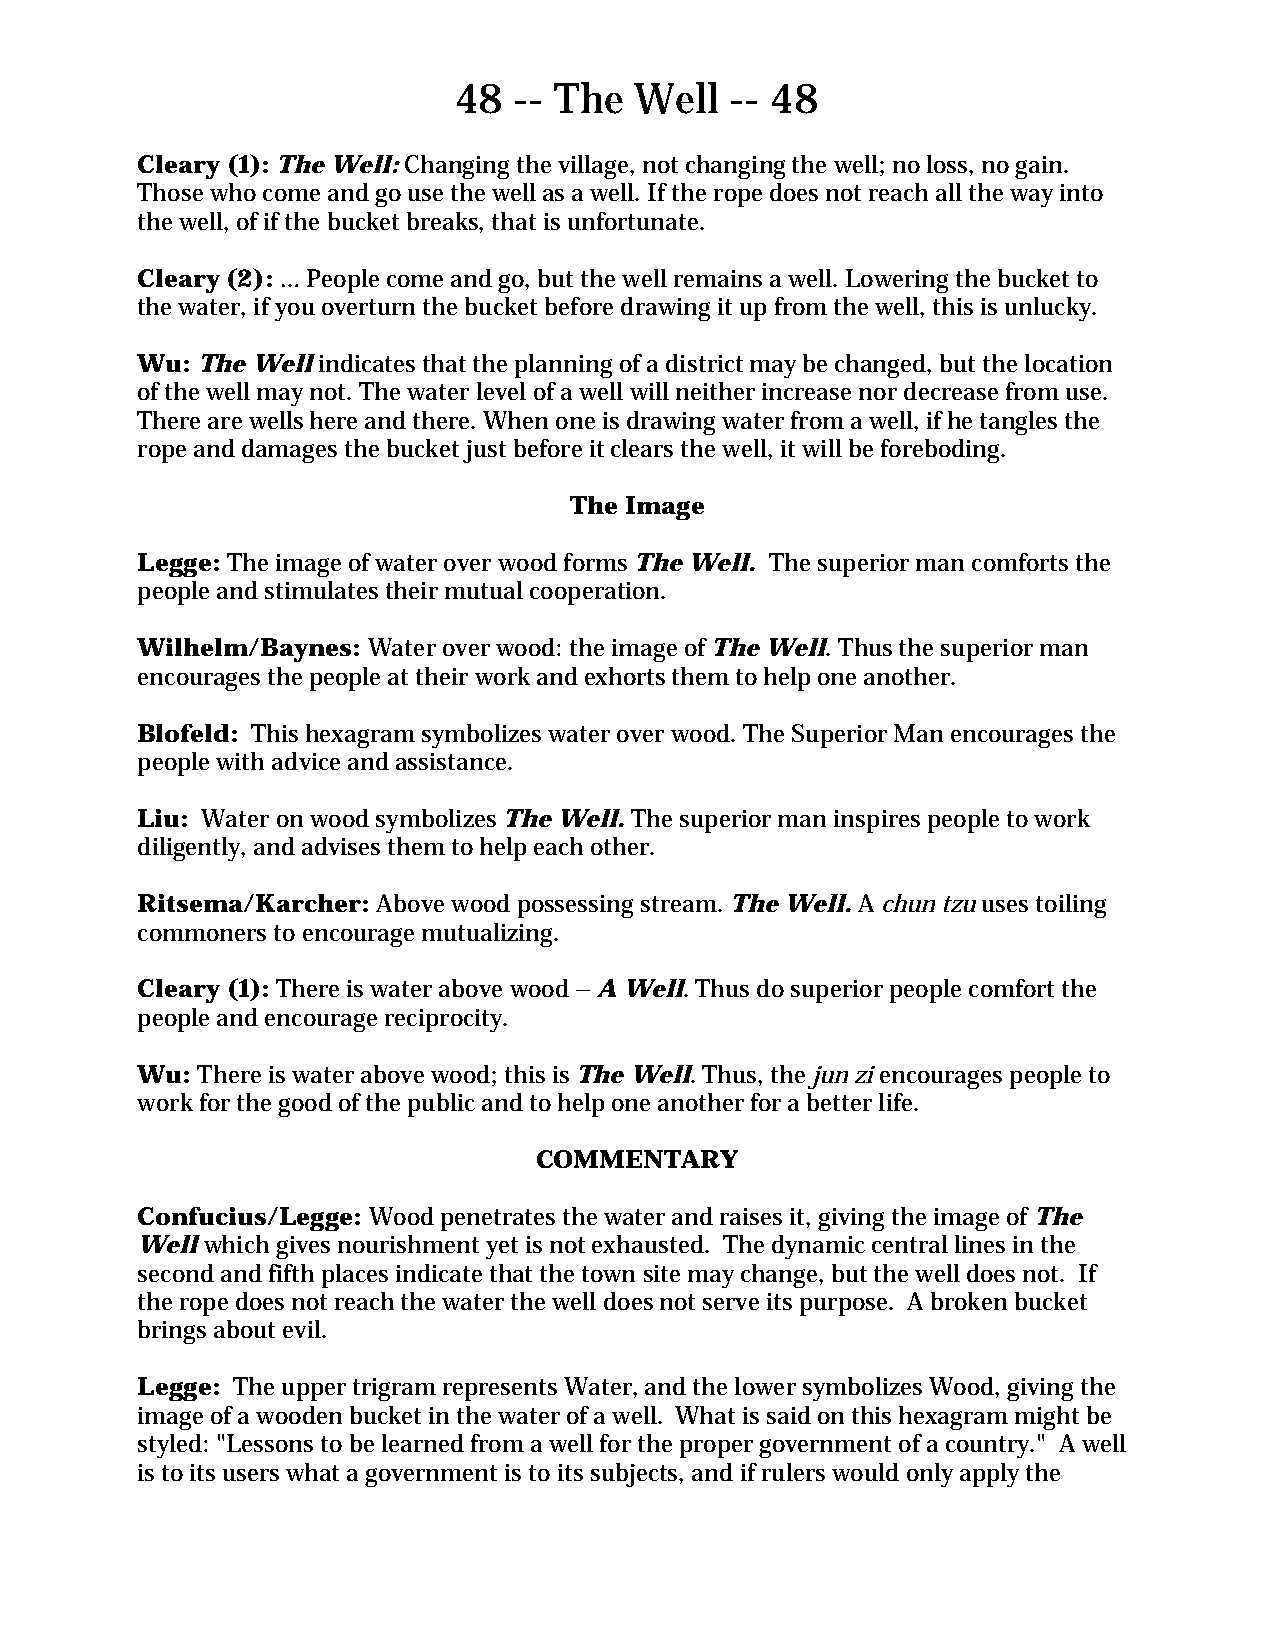
48  -- The  Well  -- 48
 Cleary (1): The Well: Changing the village, not changing the well; no loss, no gain.
 Those who come and go use the well as a well. If the rope does not reach all the way into
 the well, of if the bucket breaks, that is unfortunate.
 Cleary (2): … People come and go, but the well remains a well. Lowering the bucket to
 the water, if you overturn the bucket before drawing it up from the well, this is unlucky.
 Wu: The Well indicates that the planning of a district may be changed, but the location
 of the well may not. The water level of a well will neither increase nor decrease from use.
 There are wells here and there. When one is drawing water from a well, if he tangles the
 rope and damages the bucket just before it clears the well, it will be foreboding.
 The Image
 Legge: The image of water over wood forms The Well. The superior man comforts the
 people and stimulates their mutual cooperation.
 Wilhelm/Baynes: Water over wood: the image of The Well. Thus the superior man
 encourages the people at their work and exhorts them to help one another.
 Blofeld: This hexagram symbolizes water over wood. The Superior Man encourages the
 people with advice and assistance.
 Liu: Water on wood symbolizes The Well. The superior man inspires people to work
 diligently, and advises them to help each other.
 Ritsema/Karcher: Above wood possessing stream. The Well. A chun tzu uses toiling
 commoners to encourage mutualizing.
 Cleary (1): There is water above wood – A Well. Thus do superior people comfort the
 people and encourage reciprocity.
 Wu: There is water above wood; this is The Well. Thus, the jun zi encourages people to
 work for the good of the public and to help one another for a better life.
 COMMENTARY
 Confucius/Legge: Wood penetrates the water and raises it, giving the image of The
 Well which gives nourishment yet is not exhausted. The dynamic central lines in the
 second and fifth places indicate that the town site may change, but the well does not. If
 the rope does not reach the water the well does not serve its purpose. A broken bucket
 brings about evil.
 Legge: The upper trigram represents Water, and the lower symbolizes Wood, giving the
 image of a wooden bucket in the water of a well. What is said on this hexagram might be
 styled: "Lessons to be learned from a well for the proper government of a country." A well
 is to its users what a government is to its subjects, and if rulers would only apply the